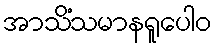
အာသိံသမာနရူပေါဝ